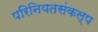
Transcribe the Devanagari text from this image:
परिनियतसंकल्प